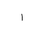
Letter: _alif